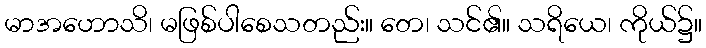
မာအဟောသိ၊ မဖြစ်ပါစေသတည်း။ တေ၊ သင်၏။ သရိယေ၊ ကိုယ်၌။